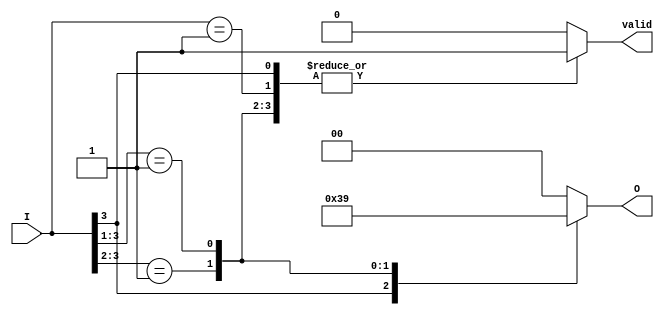
module priority_encoder (
    input wire [3:0] I,      // 4 input lines
    output reg [1:0] O,      // 2 output lines for binary code
    output reg valid          // Valid output signal
);

    always @(*) begin
        casez (I)             // Use casez to handle don't care conditions
            4'b1??? : begin   // I3 is high
                O = 2'b11;    // Output for I3
                valid = 1'b1; // Valid output
            end
            4'b01?? : begin    // I2 is high
                O = 2'b10;    // Output for I2
                valid = 1'b1; // Valid output
            end
            4'b001? : begin     // I1 is high
                O = 2'b01;     // Output for I1
                valid = 1'b1; // Valid output
            end
            4'b0001 : begin      // I0 is high
                O = 2'b00;      // Output for I0
                valid = 1'b1; // Valid output
            end
            default : begin      // No inputs are high
                O = 2'b00;      // Default output (can be defined as invalid)
                valid = 1'b0;   // No valid input
            end
        endcase
    end

endmodule